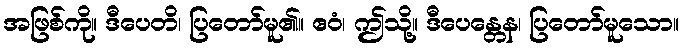
အဖြစ်ကို။ ဒီပေတိ၊ ပြတော်မူ၏။ ဧဝံ၊ ဤသို့။ ဒီပေန္တေန၊ ပြတော်မူသော။